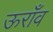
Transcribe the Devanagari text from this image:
ऊराँव